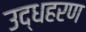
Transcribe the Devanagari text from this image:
उद्धहरण